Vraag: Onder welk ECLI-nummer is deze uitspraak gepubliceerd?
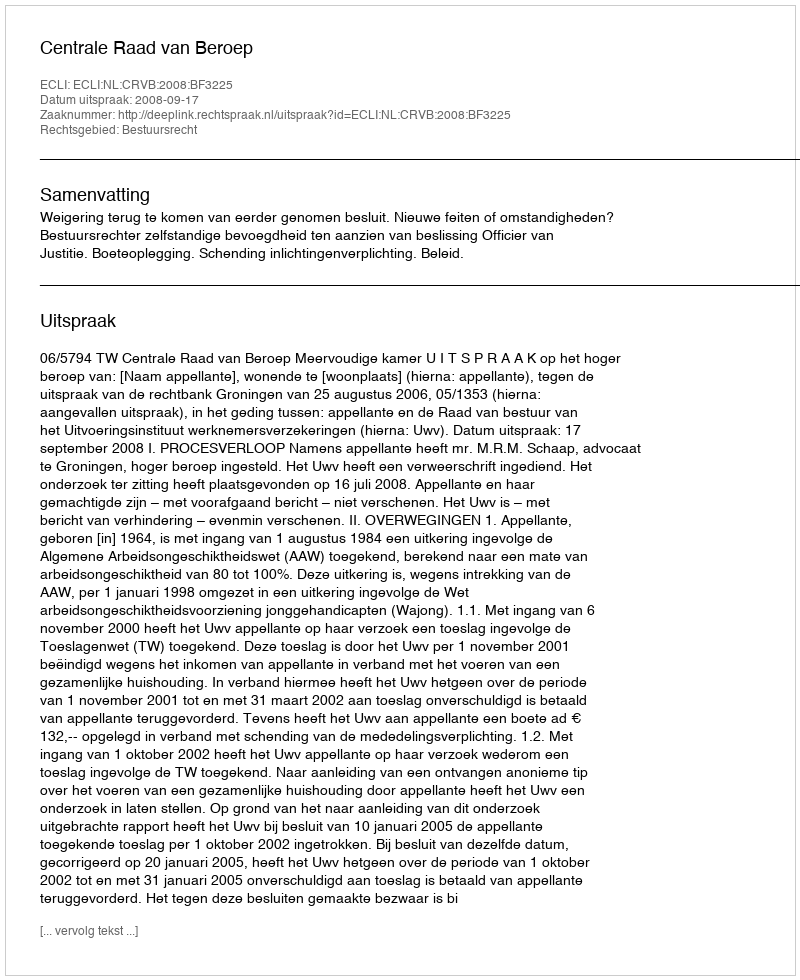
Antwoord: ECLI:NL:CRVB:2008:BF3225